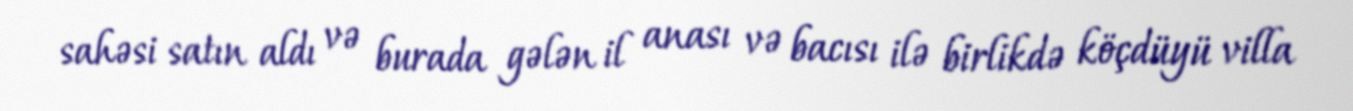
sahəsi satın aldı və burada gələn il anası və bacısı ilə birlikdə köçdüyü villa